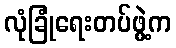
လုံခြုံရေးတပ်ဖွဲ့က